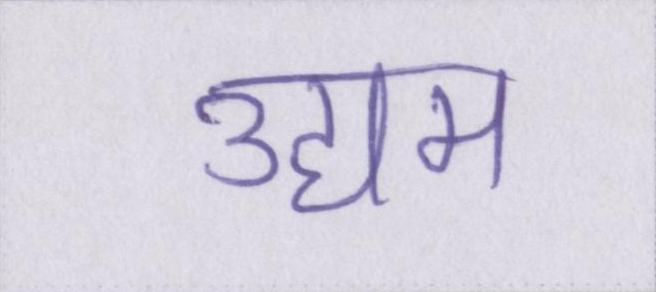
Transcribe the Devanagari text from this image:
उद्यम